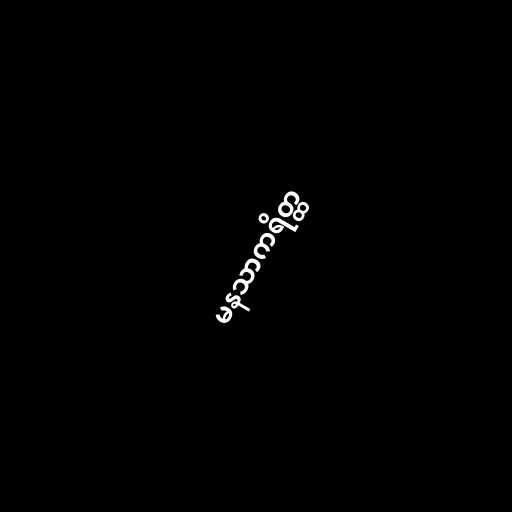
မနသာကရိတ္ထ